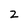
Character: 2